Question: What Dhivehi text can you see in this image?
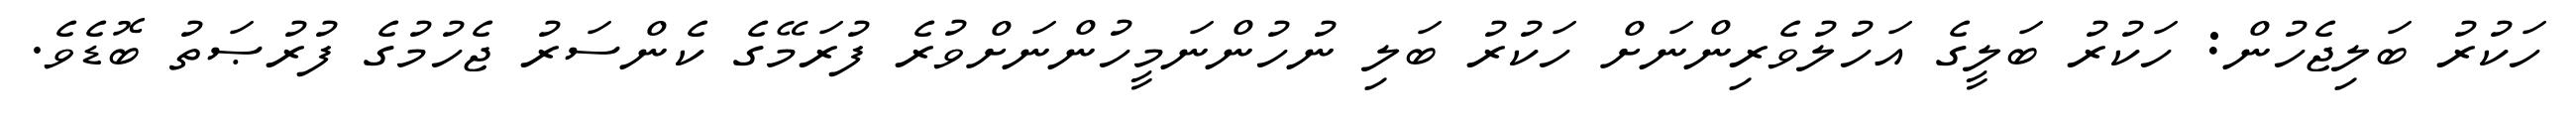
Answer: ހަކުރު ބަލިޖެހުން: ހަކުރު ބަލީގެ އަހުލުވެރިންނަށް ހަކުރު ބަލި ނުހުންނަމީހުންނަށްވުރެ ފުރަމޭގެ ކެންސަރު ޖެހުމުގެ ފުރުޞަތު ބޮޑެވެ.